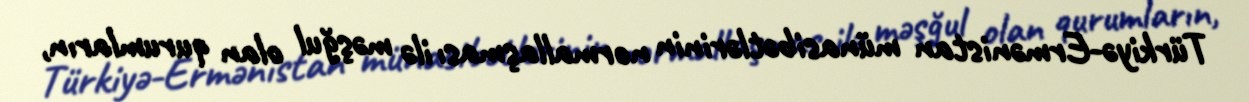
Türkiyə-Ermənistan münasibətlərinin normallaşması ilə məşğul olan qurumların,